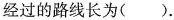
经过的路线长为( ).